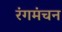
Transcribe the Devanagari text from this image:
रंगमंचन